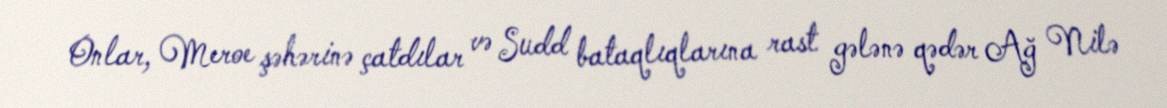
Onlar, Meroe şəhərinə çatdılar və Sudd bataqlıqlarına rast gələnə qədər Ağ Nilə